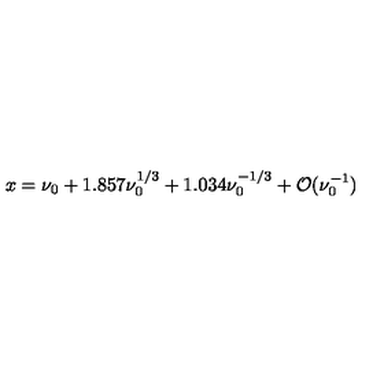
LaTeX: x = \nu _ { 0 } + 1 . 8 5 7 \nu _ { 0 } ^ { 1 / 3 } + 1 . 0 3 4 \nu _ { 0 } ^ { - 1 / 3 } + { \cal O } ( \nu _ { 0 } ^ { - 1 } )